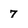
Character: 7